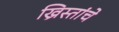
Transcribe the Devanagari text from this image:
ख्रिस्तांचे